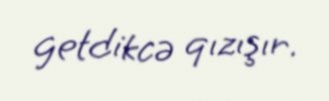
getdikcə qızışır.